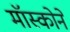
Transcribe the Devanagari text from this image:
मॉस्कोने